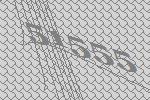
51555